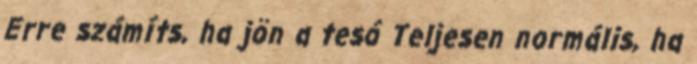
Erre számíts, ha jön a tesó Teljesen normális, ha